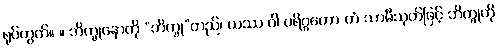
ရုပ်တွက်။ ။ ဘိက္ခုနောကို “ဘိက္ခု”တည်၊ ယဿ ဝါ ပရိဂ္ဂဟော တံ သာမီသုတ်ဖြင့် ဘိက္ခုကို